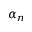
\alpha _ { n }